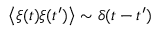
\left< \xi ( t ) \xi ( t ^ { \prime } ) \right> \sim \delta ( t - t ^ { \prime } )